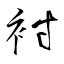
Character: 袝